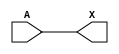
module sky130_fd_sc_hdll__probe_p_4 (
    X,
    A
);
    output X;
    input  A;
    wire buf0_out_X;
    buf buf0 (buf0_out_X, A              );
    buf buf1 (X         , buf0_out_X     );
endmodule